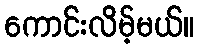
ကောင်းလိမ့်မယ်။